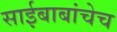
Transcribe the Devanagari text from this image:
साईबाबांचेच